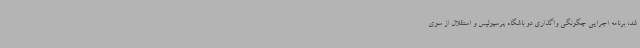
شد، برنامه اجرایی چگونگی واگذاری دو باشگاه پرسپولیس و استقلال از سوی